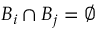
B _ { i } \cap B _ { j } = \varnothing